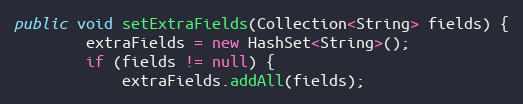
Language: Java
public void setExtraFields(Collection<String> fields) {
        extraFields = new HashSet<String>();
        if (fields != null) {
            extraFields.addAll(fields);